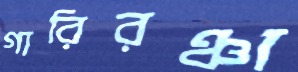
গারিরঞ্চা